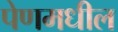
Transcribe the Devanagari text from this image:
पेणमधील